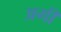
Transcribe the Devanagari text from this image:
अगीं